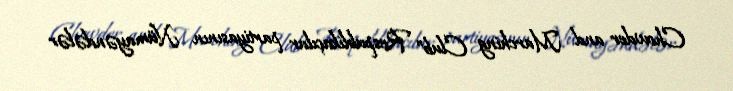
Chowder and Marching Club” Respublikaçılar partiyasının Nümayəndələr